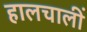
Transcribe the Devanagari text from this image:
हालचालीं